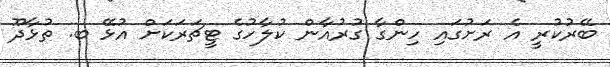
ބޭރުކުރީ އެ ރަށުގައި ހިންގާ ގުރުއާން ކުލާހުގެ ޓީޗަރަކަށް އުޅޭ ބ. ތުޅާދޫ